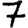
Digit: 7